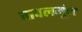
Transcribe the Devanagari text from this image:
चावलमूंग